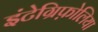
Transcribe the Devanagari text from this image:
इंटेग्रिफ़ोलिया